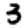
Digit: 3